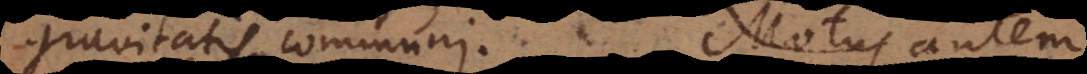
gravitatis communi. Motus autem